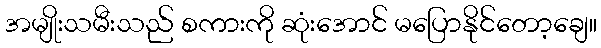
အမျိုးသမီးသည် စကားကို ဆုံးအောင် မပြောနိုင်တော့ချေ။